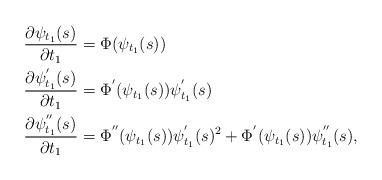
LaTeX: \begin{align*}&\frac{\partial \psi _{t_1}(s)}{\partial t_1} = \Phi (\psi _{t_1}(s)) \\&\frac{\partial \psi _{t_1}^{'}(s)}{\partial t_1} = \Phi ^{'} (\psi _{t_1}(s)) \psi _{t_1}^{'}(s) \\&\frac{\partial \psi _{t_1}^{''}(s)}{\partial t_1} = \Phi ^{''} (\psi _{t_1}(s)) \psi _{t_1}^{'}(s)^2+\Phi ^{'} (\psi _{t_1}(s)) \psi _{t_1}^{''}(s),\end{align*}